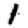
Digit: 1